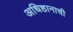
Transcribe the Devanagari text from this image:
अधिष्ठानाची